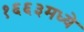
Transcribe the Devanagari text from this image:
१६६३मध्ये